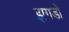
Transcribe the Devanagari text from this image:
झगडो